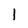
Character: I